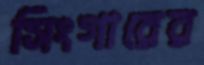
সিংগারের